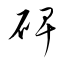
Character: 碑